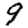
Digit: 9